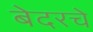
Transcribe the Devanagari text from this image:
बेदरचे